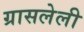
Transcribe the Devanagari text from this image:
ग्रासलेली